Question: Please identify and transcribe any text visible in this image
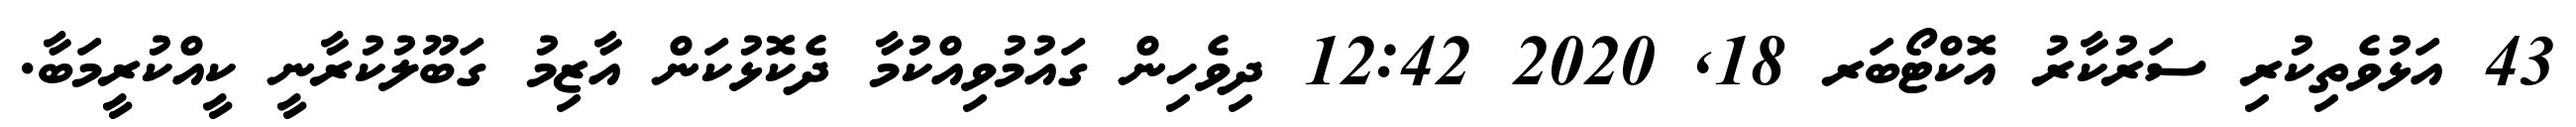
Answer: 43 އަޅުވެތިކުރި ސަރުކާރު އޮކްޓޯބަރ 18, 2020 12:42 ދިވެހިން ގައުމުވިއްކުމާ ދެކޮޅުކަން އާޒިމު ގަބޫލުކުރާނީ ކީއްކުރީމަބާ.